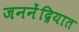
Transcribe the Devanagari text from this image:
जननेंद्रियात